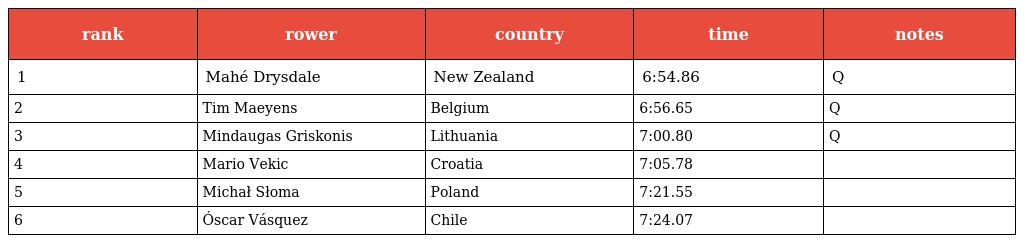
| rank | rower | country | time | notes |
 | --- | --- | --- | --- | --- |
 | 1 | Mahé Drysdale | New Zealand | 6:54.86 | Q |
 | 2 | Tim Maeyens | Belgium | 6:56.65 | Q |
 | 3 | Mindaugas Griskonis | Lithuania | 7:00.80 | Q |
 | 4 | Mario Vekic | Croatia | 7:05.78 |  |
 | 5 | Michał Słoma | Poland | 7:21.55 |  |
 | 6 | Óscar Vásquez | Chile | 7:24.07 |  |